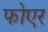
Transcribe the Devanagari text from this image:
फोएर